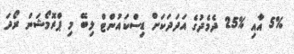
5% އާއި %25 ދެމެދުގެ އަދަދަކަށް ޑިސްކައުންޓް ލިބޭ މި ޕްރޮމޯޝަން ރޯދަ